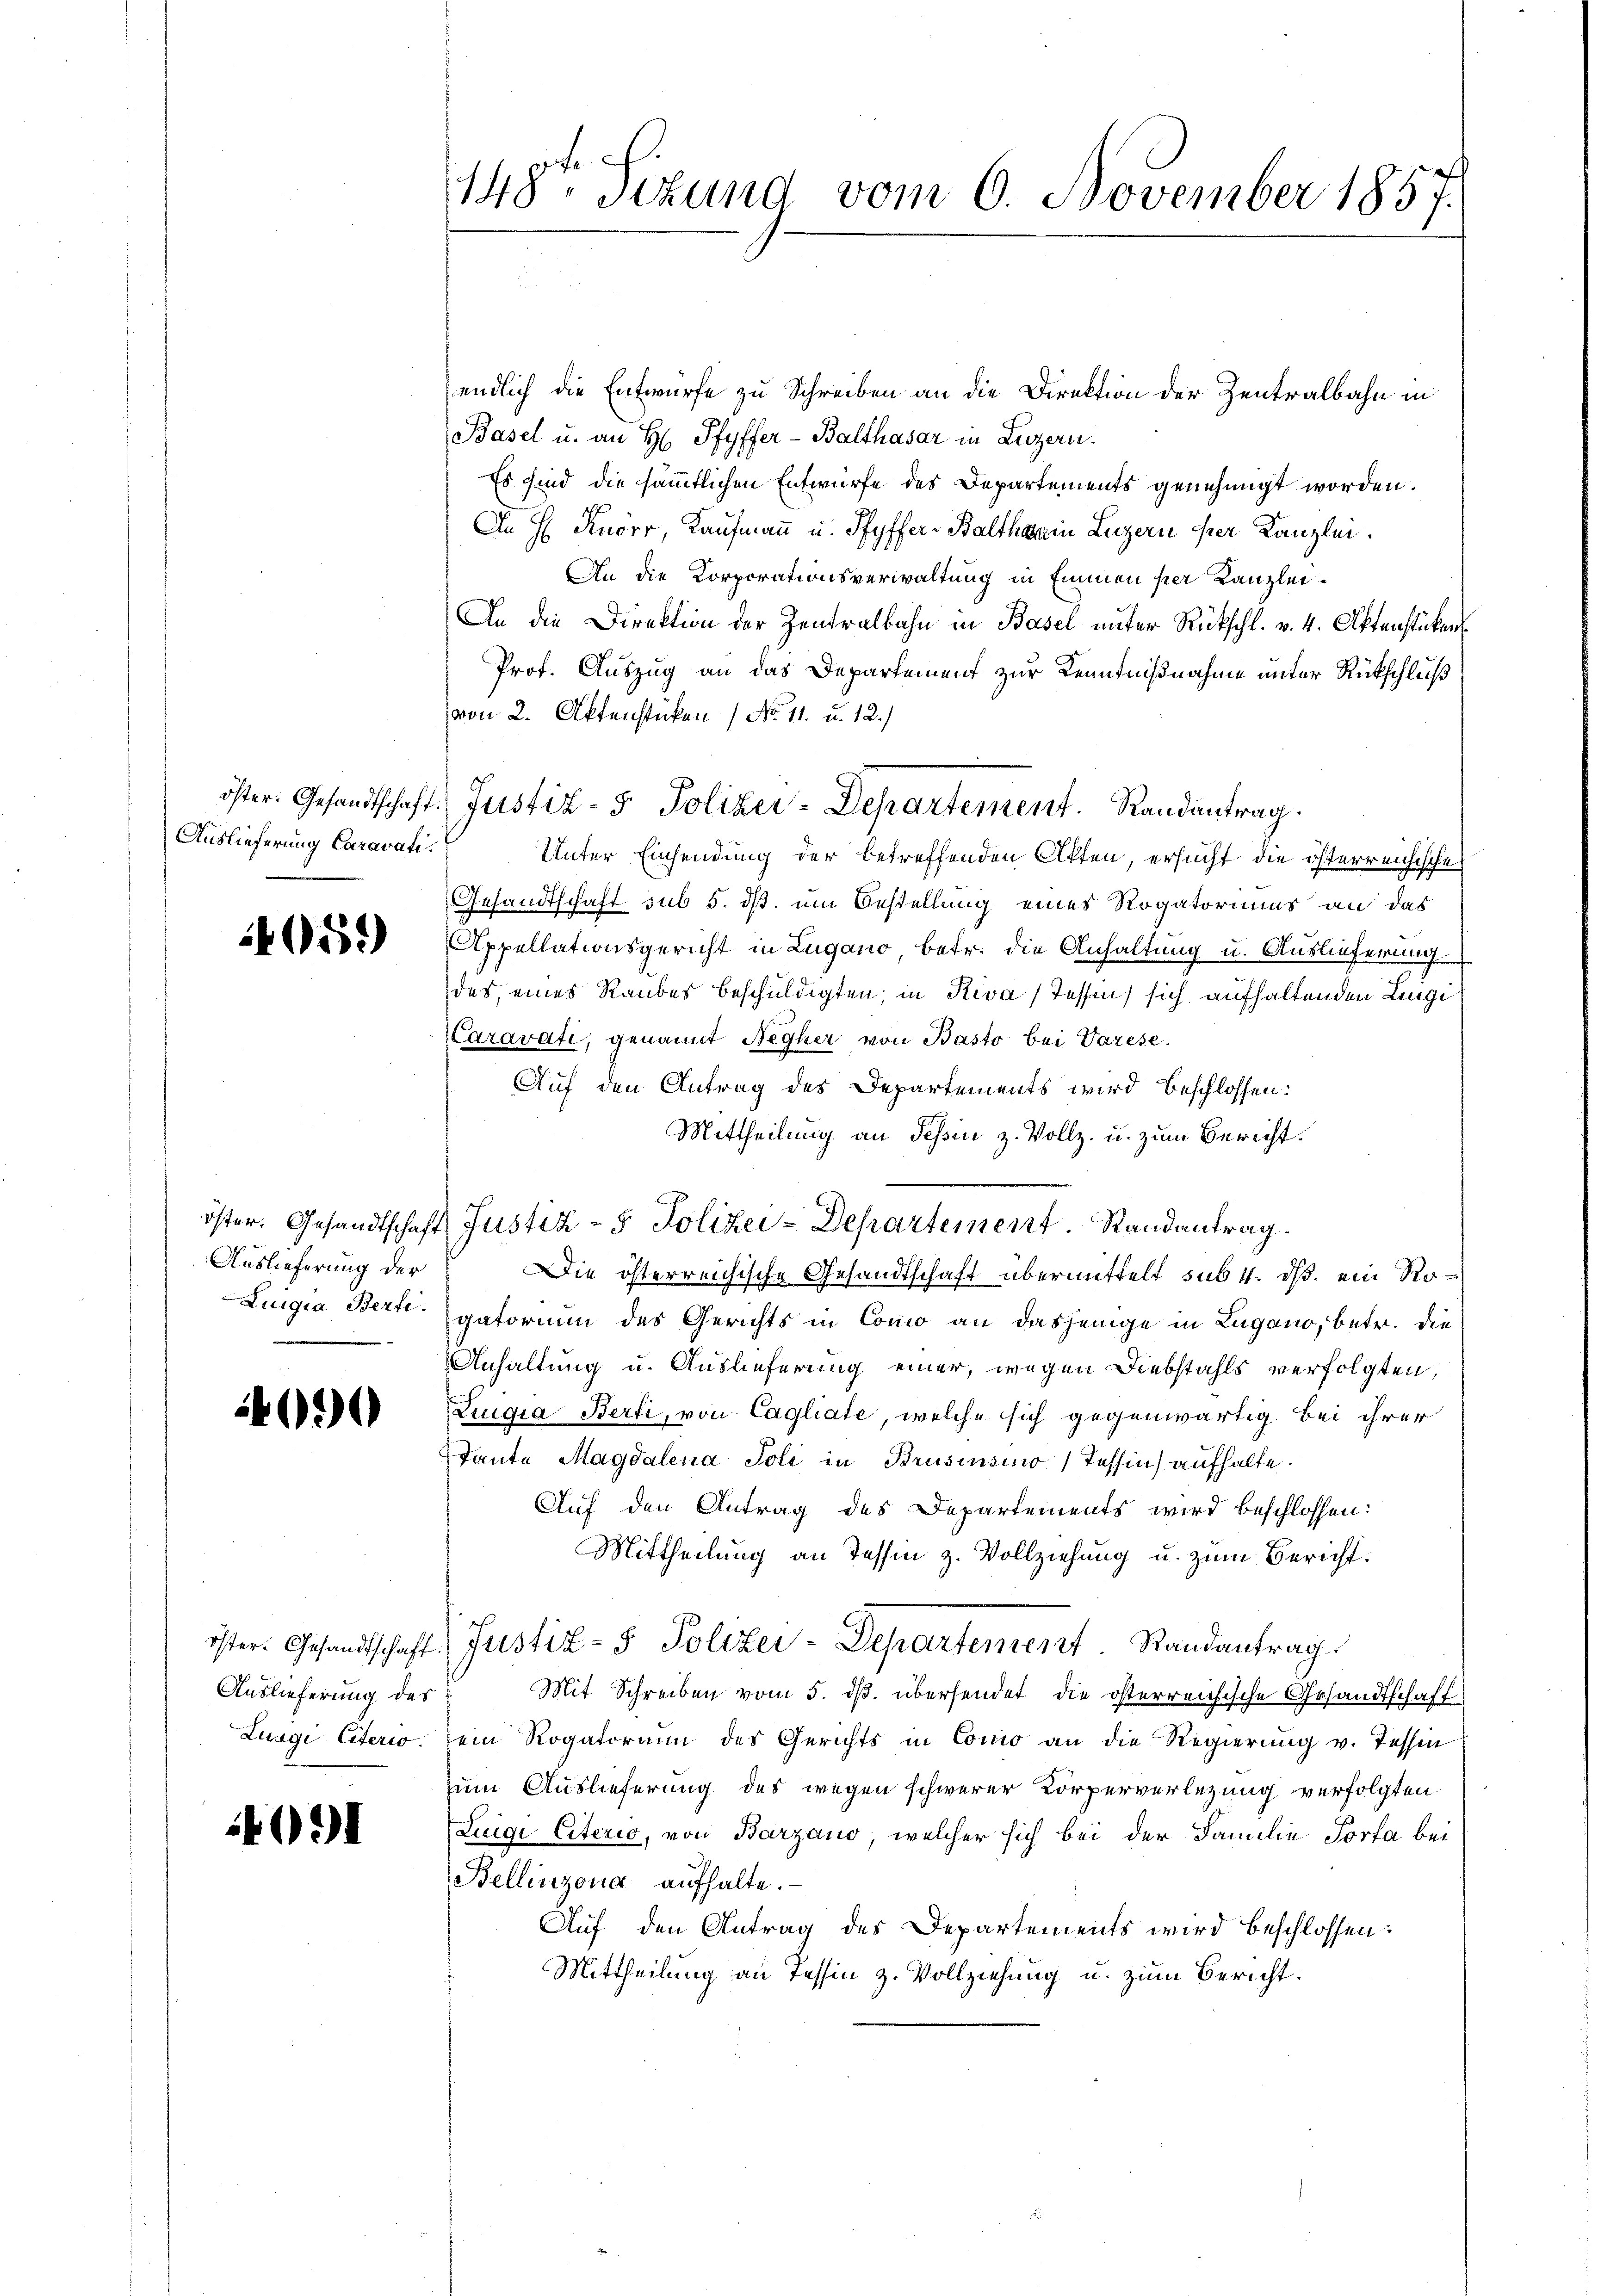
Auslieferung Caravati

659)

Auslieferung der
Luigia Berti

4090

Auslieferung des
Luigi Citerio

14091

148. Sizund vom 6. November 1857.

endlich die Entwurfe zu Schreiben an die Direktion der Zentralbahn in
Basel u. an H. Pfyffer-Balthasar in Luzern.
Es sind die sämmtlichen Entwurfe des Departements genehmigt worden.
An H. Knorr, Kaufmann u. Pfyffer-Baltharin Luzern der Kanzlei.
An die Korporationsverwaltung in Emmen per Kanzlei¬
An die Direktion der Zentralbahn in Basel unter Rückschl. v. 4. Aktenstücken
Prof. Auszug an das Departement zur Kenntnißnahme unter Rückschluß
von 2. Aktenstücken (No. 11. u. 12.)
Unter Einsendung der betreffenden Akten, ersucht die österreichische
Gesandtschaft sub 5. ds. um Bestellung eines Rogatoriums an das
Appellationsgericht in Lugano betr. die Anhaltung u. Auslieferung
des, eines Raubes beschuldigten, in Riva (Tessen, sich aufhaltenden Luigi
Caravati, genannt Negher von Basto bei Varese
Auf den Antrag des Departements wird beschlossen:
Mittheilung an Tessin z. Vollz- u. zum Bericht.
öster. Gesandtschaft Justiz - 5. Polizei-Departement. Randantrag.
Die österreichische Gesandtschaft übermittelt sub 4. ds. ein Rogatorium des Gerichts in Como an dasjenige in Lugano, betr. die
Anhaltung u. Auslieferung einer, wegen Diebstahls verfolgten,
Liugia Berti, von Cagliate, welche sich gegenwärtig bei ihrer
Tante Magdalena Poli in Brusinsino Tessin aufhalte.
Auf den Antrag des Departements wird beschlossen:
Mittheilung an Tessin z. Vollziehung u. zum Bericht.
öster. Gesandtschaft. Justiz- & Polizei-Departement. Randantrag
Mit Schreiben vom 5. ds. übersendet, die österreichische Gesandtschaft
sein Rogatorium des Gerichts in Como an die Regierung v. Tessin
zum Auslieferung des wegen schwerer Körperverlegung verfolgten
Luigi Citerio, von Barzano, welcher sich bei der Familie Porta bei
Bellinzona aufhalte.
Auf den Antrag des Departements wird beschlossen:
Mittheilung an Tessin z. Vollziehung u. zum Bericht.

öster. Gesandtschaft. Justiz- & Polizei-Departement. Randantrag.